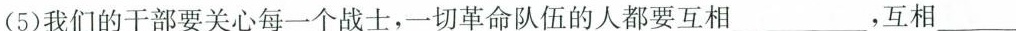
(5)我们的干部要关心每一个战士，一切革命队伍的人都要互相_____，互相__